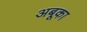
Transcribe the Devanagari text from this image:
अबूका